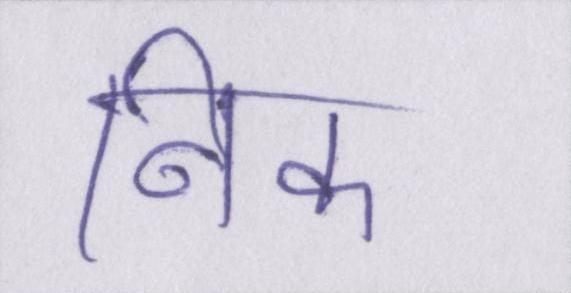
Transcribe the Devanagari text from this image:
निक